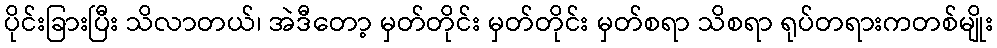
ပိုင်းခြားပြီး သိလာတယ်၊ အဲဒီတော့ မှတ်တိုင်း မှတ်တိုင်း မှတ်စရာ သိစရာ ရုပ်တရားကတစ်မျိုး